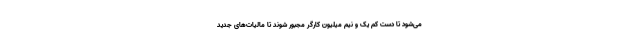
می‌شود تا دست کم یک و نیم میلیون کارگر مجبور شوند تا مالیات‌های جدید